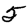
Digit: 5